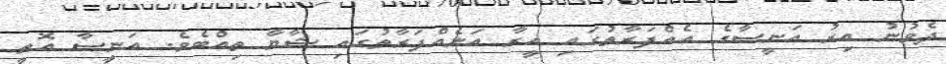
ދެވުނު އިރު އަނީސާގެ އެއްފަރާތުގައި އީރާ އަނެއްފަރާތުގައި ޝާޔާ ތިއްބެވެ. އަނީސާ އޮތީ